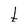
Character: t